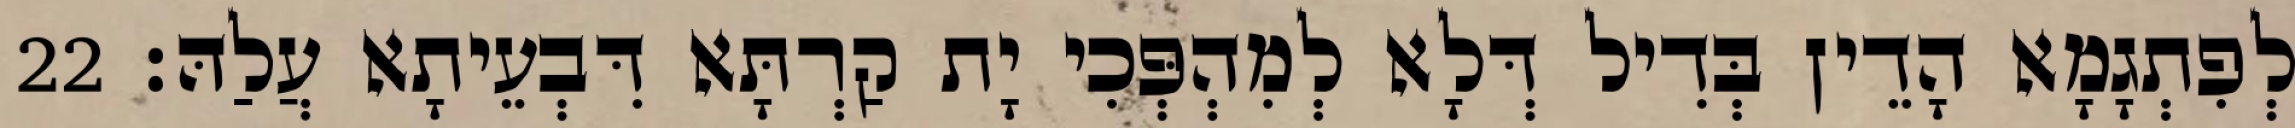
לְפִתְגָמָא הָדֵין בְּדִיל דְּלָא לְמִהְפְּכִי יָת קַרְתָּא דִּבְעֵיתָא עֲלַהּ׃ 22